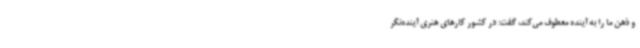
و ذهن ما را به آینده معطوف می‌کند، گفت: در کشور کارهای هنری آینده‌نگر